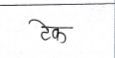
मजकूर: टेक